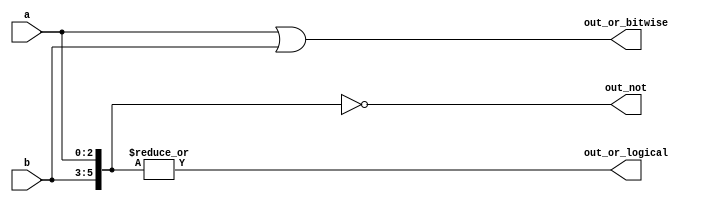
module top_module( 
    input [2:0] a,
    input [2:0] b,
    output [2:0] out_or_bitwise,
    output out_or_logical,
    output [5:0] out_not
);
    wire [2:0] aa ,bb;
    assign out_or_bitwise = a | b;
    assign out_or_logical = |{b,a};
    assign out_not = ~{b,a};

endmodule